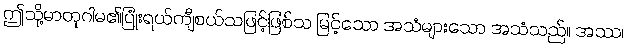
ဤသို့မာတုဂါမ၏ပြုံးရယ်ကျီစယ်သဖြင့်ဖြစ်သ မြင့်သော အသံများသော အသံသည်။ အဿ၊